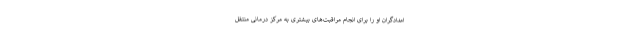
امدادگران او را برای انجام مراقبت‌های بیشتری به مرکز درمانی منتقل